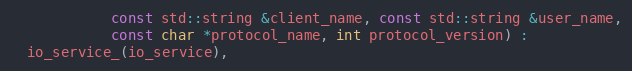
Language: C
            const std::string &client_name, const std::string &user_name,
            const char *protocol_name, int protocol_version) :
  io_service_(io_service),